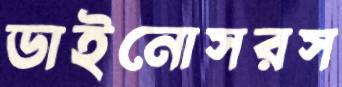
ডাইনোসরস